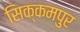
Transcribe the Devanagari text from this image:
सिक्कमपुर